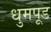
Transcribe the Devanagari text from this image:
धुमपूड